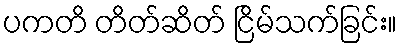
ပကတိ တိတ်ဆိတ် ငြိမ်သက်ခြင်း။